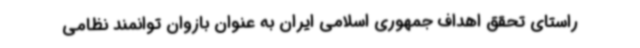
راستای تحقق اهداف جمهوری اسلامی ایران به عنوان بازوان توانمند نظامی